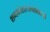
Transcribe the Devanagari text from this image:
शब्दकोशरचनाशास्त्र